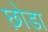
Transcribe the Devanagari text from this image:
छ़ोडा